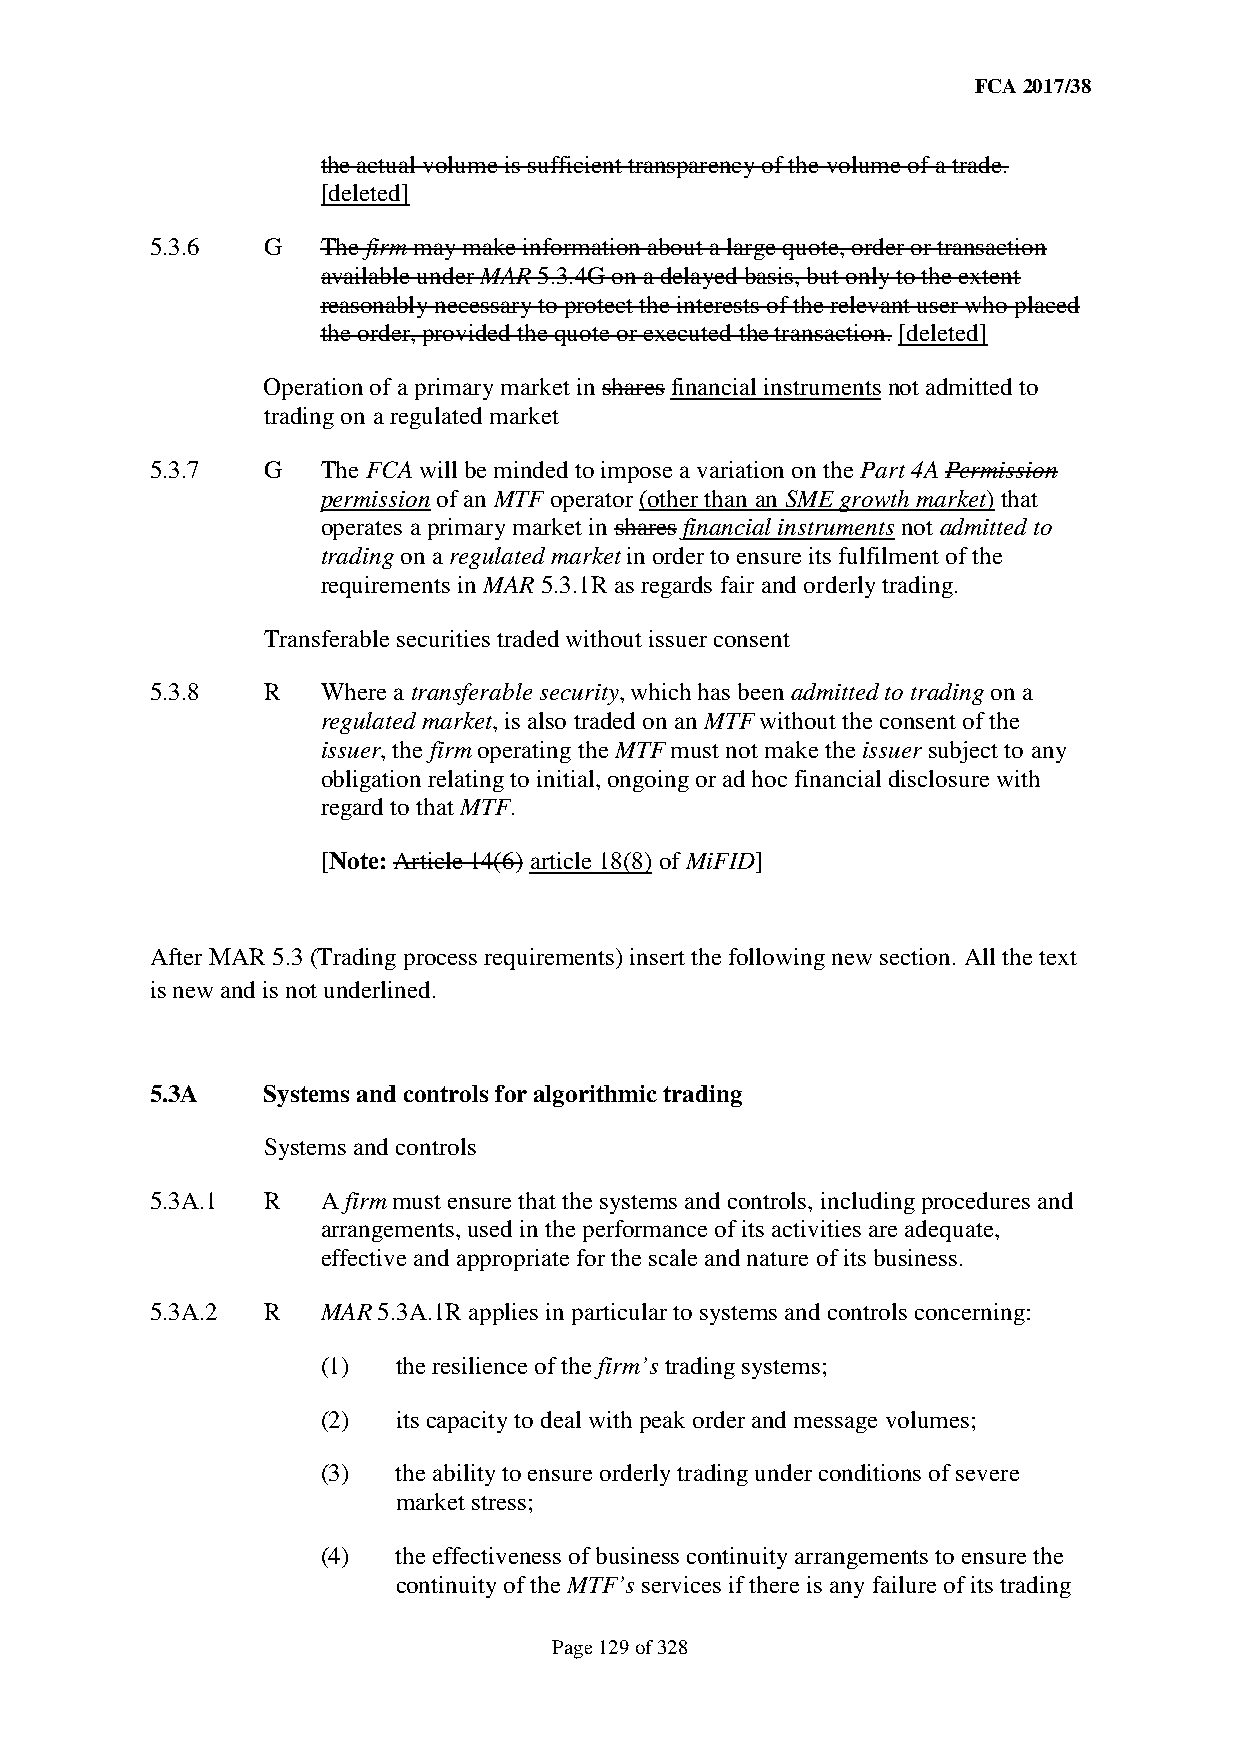
FCA 2017/38
 the actual volume is sufficient transparency of the volume of a trade.
 [deleted]
 5.3.6  G   The firm may make information about a large quote, order or transaction
 available under MAR 5.3.4G on a delayed basis, but only to the extent
 reasonably necessary to protect the interests of the relevant user who placed
 the order, provided the quote or executed the transaction. [deleted]
 Operation of a primary market in shares financial instruments not admitted to
 trading on a regulated market
 5.3.7  G   The FCA will be minded to impose a variation on the Part 4A Permission
 permission of an MTF operator (other than an SME growth market) that
 operates a primary market in shares financial instruments not admitted to
 trading on a regulated market in order to ensure its fulfilment of the
 requirements in MAR 5.3.1R as regards fair and orderly trading.
 Transferable securities traded without issuer consent
 5.3.8  R   Where a transferable security, which has been admitted to trading on a
 regulated market, is also traded on an MTF without the consent of the
 issuer, the firm operating the MTF must not make the issuer subject to any
 obligation relating to initial, ongoing or ad hoc financial disclosure with
 regard to that MTF.
 [Note: Article 14(6) article 18(8) of MiFID]
 After MAR 5.3 (Trading process requirements) insert the following new section. All the text
 is new and is not underlined.
 5.3A   Systems and controls for algorithmic trading
 Systems and controls
 5.3A.1 R   A firm must ensure that the systems and controls, including procedures and
 arrangements, used in the performance of its activities are adequate,
 effective and appropriate for the scale and nature of its business.
 5.3A.2 R   MAR 5.3A.1R applies in particular to systems and controls concerning:
 (1)  the resilience of the firm’s trading systems;
 (2)  its capacity to deal with peak order and message volumes;
 (3)  the ability to ensure orderly trading under conditions of severe
 market stress;
 (4)  the effectiveness of business continuity arrangements to ensure the
 continuity of the MTF’s services if there is any failure of its trading
 Page 129 of 328